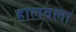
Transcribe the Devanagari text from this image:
हालवला